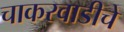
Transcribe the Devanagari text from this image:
चाकरवाडीचे